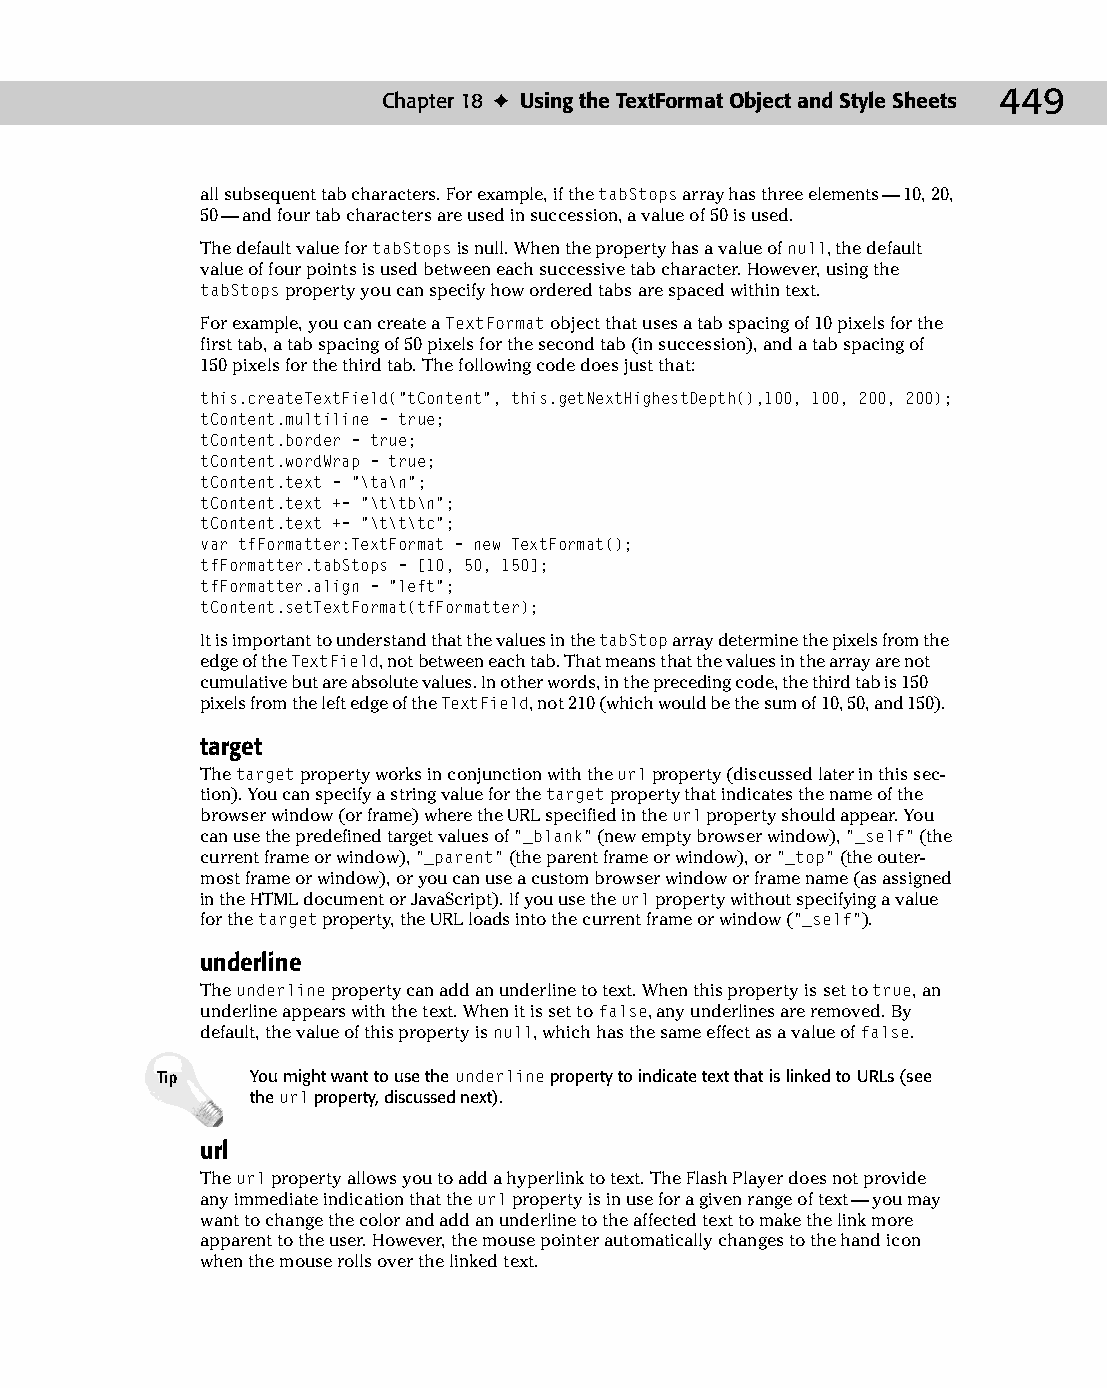
24 543547 ch18.qxd 3/24/04 4:10 PM Page 449
 Chapter 18 ✦ Using the TextFormat Object and Style Sheets 449
 all subsequent tab characters. For example, if the tabStops array has three elements — 10, 20,
 50 — and four tab characters are used in succession, a value of 50 is used.
 The default value for tabStops is null. When the property has a value of null, the default
 value of four points is used between each successive tab character. However, using the
 tabStops property you can specify how ordered tabs are spaced within text.
 For example, you can create a TextFormat object that uses a tab spacing of 10 pixels for the
 first tab, a tab spacing of 50 pixels for the second tab (in succession), and a tab spacing of
 150 pixels for the third tab. The following code does just that:
 this.createTextField(“tContent”, this.getNextHighestDepth(),100, 100, 200, 200);
 tContent.multiline = true;
 tContent.border = true;
 tContent.wordWrap = true;
 tContent.text = “\ta\n”;
 tContent.text += “\t\tb\n”;
 tContent.text += “\t\t\tc”;
 var tfFormatter:TextFormat = new TextFormat();
 tfFormatter.tabStops = [10, 50, 150];
 tfFormatter.align = “left”;
 tContent.setTextFormat(tfFormatter);
 It is important to understand that the values in the tabStop array determine the pixels from the
 edge of the TextField, not between each tab. That means that the values in the array are not
 cumulative but are absolute values. In other words, in the preceding code, the third tab is 150
 pixels from the left edge of the TextField, not 210 (which would be the sum of 10, 50, and 150).
 target
 The target property works in conjunction with the url property (discussed later in this sec­
 tion). You can specify a string value for the target property that indicates the name of the
 browser window (or frame) where the URL specified in the url property should appear. You
 can use the predefined target values of “_blank” (new empty browser window), “_self” (the
 current frame or window), “_parent” (the parent frame or window), or “_top” (the outer­
 most frame or window), or you can use a custom browser window or frame name (as assigned
 in the HTML document or JavaScript). If you use the url property without specifying a value
 for the target property, the URL loads into the current frame or window (“_self”).
 underline
 The underline property can add an underline to text. When this property is set to true, an
 underline appears with the text. When it is set to false, any underlines are removed. By
 default, the value of this property is null, which has the same effect as a value of false.
 Tip    You might want to use the underline property to indicate text that is linked to URLs (see
 the url property, discussed next).
 url
 The url property allows you to add a hyperlink to text. The Flash Player does not provide
 any immediate indication that the url property is in use for a given range of text — you may
 want to change the color and add an underline to the affected text to make the link more
 apparent to the user. However, the mouse pointer automatically changes to the hand icon
 when the mouse rolls over the linked text.